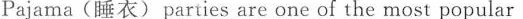
Pajama(睡衣)parties are one of the most popular